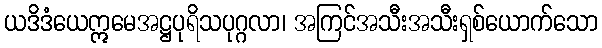
ယဒိဒံယေဣမေအဋ္ဌပုရိသပုဂ္ဂလာ၊ အကြင်အသီးအသီးရှစ်ယောက်သော